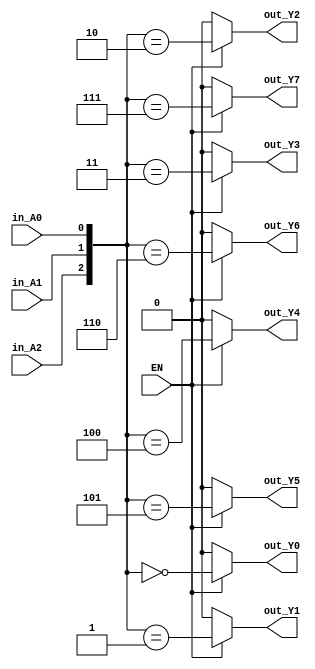
`timescale 1ns / 1ps
module three_to_eight (
    input  EN,
    input  in_A0,
    input  in_A1,
    input  in_A2,
    output out_Y0,
    output out_Y1,
    output out_Y2,
    output out_Y3,
    output out_Y4,
    output out_Y5,
    output out_Y6,
    output out_Y7
);
  assign out_Y0 = EN ? ({in_A2, in_A1, in_A0} == 3'b000) : 0;
  assign out_Y1 = EN ? ({in_A2, in_A1, in_A0} == 3'b001) : 0;
  assign out_Y2 = EN ? ({in_A2, in_A1, in_A0} == 3'b010) : 0;
  assign out_Y3 = EN ? ({in_A2, in_A1, in_A0} == 3'b011) : 0;
  assign out_Y4 = EN ? ({in_A2, in_A1, in_A0} == 3'b100) : 0;
  assign out_Y5 = EN ? ({in_A2, in_A1, in_A0} == 3'b101) : 0;
  assign out_Y6 = EN ? ({in_A2, in_A1, in_A0} == 3'b110) : 0;
  assign out_Y7 = EN ? ({in_A2, in_A1, in_A0} == 3'b111) : 0;
endmodule